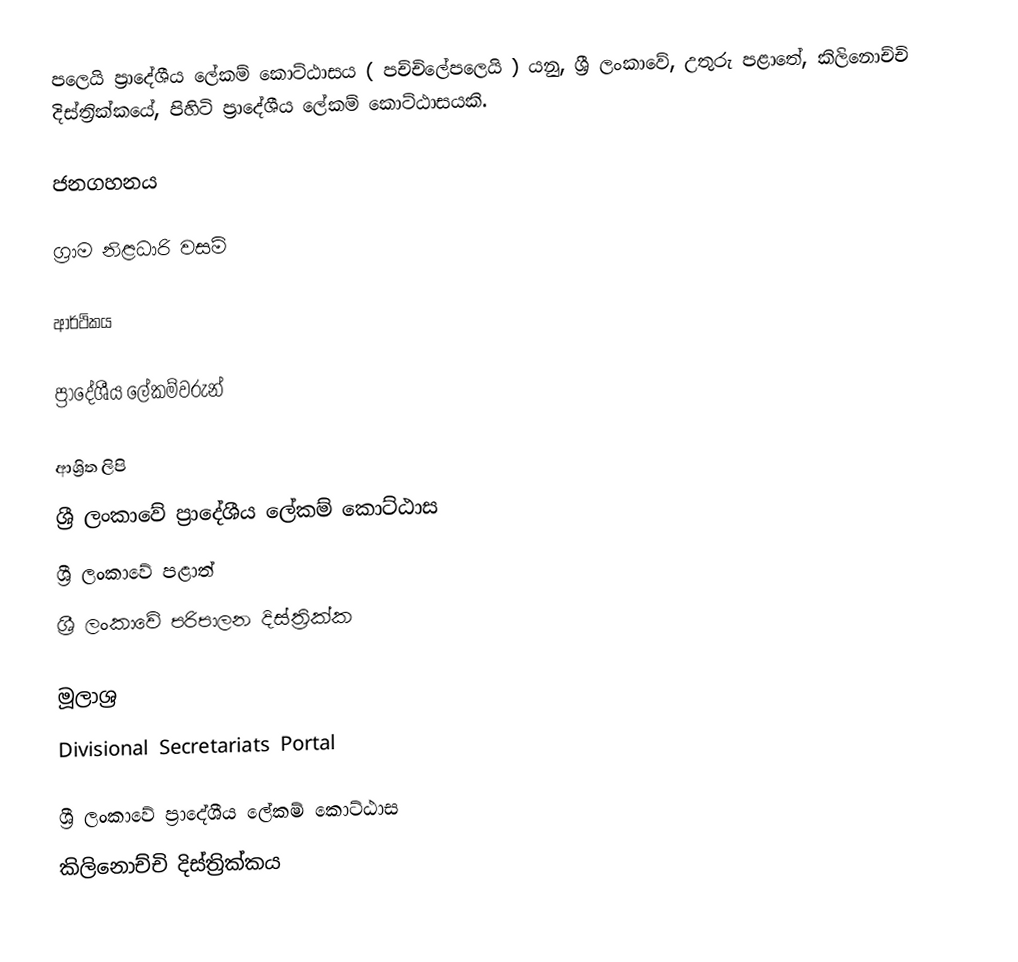
පලෙයි ප්‍රාදේශීය ලේකම් කොට්ඨාසය ( පච්චිලේපලෙයි ) යනු,  ශ්‍රී ලංකාවේ, උතුරු පළාතේ,   කිලිනොච්චි දිස්ත්‍රික්කයේ, පිහිටි ප්‍රාදේශීය ලේකම් කොට්ඨාසයකි.

ජනගහනය

ග්‍රාම නිළධාරි වසම්

ආර්ථිකය

ප්‍රාදේශීය ලේකම්වරුන්

ආශ්‍රිත ලිපි
ශ්‍රී ලංකාවේ ප්‍රාදේශීය ලේකම් කොට්ඨාස
ශ්‍රී ලංකාවේ පළාත්
ශ්‍රී ලංකාවේ පරිපාලන දිස්ත්‍රික්ක

මූලාශ්‍ර
 Divisional Secretariats Portal

ශ්‍රී ලංකාවේ ප්‍රාදේශීය ලේකම් කොට්ඨාස
කිලිනොච්චි දිස්ත්‍රික්කය